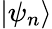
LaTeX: \left|{\psi_{n}}\right\rangle